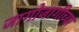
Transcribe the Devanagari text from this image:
जागोजागीच्या